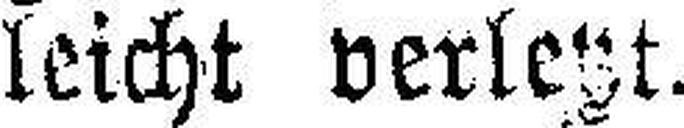
leicht verletzt.